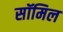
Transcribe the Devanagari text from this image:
सॉमिल